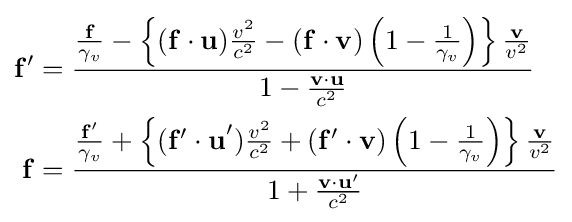
{\begin{aligned}\mathbf {f} '&={\frac {{\frac {\mathbf {f} }{\gamma _{v}}}-\left\{(\mathbf {f\cdot u} ){\frac {v^{2}}{c^{2}}}-(\mathbf {f\cdot v} )\left(1-{\frac {1}{\gamma _{v}}}\right)\right\}{\frac {\mathbf {v} }{v^{2}}}}{1-{\frac {\mathbf {v\cdot u} }{c^{2}}}}}\\\mathbf {f} &={\frac {{\frac {\mathbf {f} '}{\gamma _{v}}}+\left\{(\mathbf {f'\cdot u} '){\frac {v^{2}}{c^{2}}}+(\mathbf {f'\cdot v} )\left(1-{\frac {1}{\gamma _{v}}}\right)\right\}{\frac {\mathbf {v} }{v^{2}}}}{1+{\frac {\mathbf {v\cdot u'} }{c^{2}}}}}\end{aligned}}